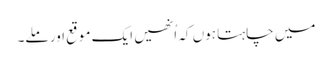
میں چاہتا ہوں کہ اُنھیں ایک موقع اور ملے۔